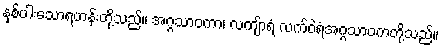
နှစ်ပါးသောရဟန်းတို့သည်။ အဂ္ဂသာဝကာ၊ လကျ်ာရံ လက်ဝဲရံအဂ္ဂသာဝကတို့သည်။